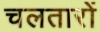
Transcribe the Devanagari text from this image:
चलतारों